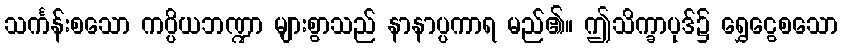
သင်္ကန်းစသော ကပ္ပိယဘဏ္ဍာ များစွာသည် နာနာပ္ပကာရ မည်၏။ ဤသိက္ခာပုဒ်၌ ရွှေငွေစသော